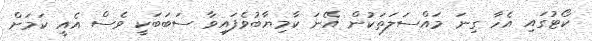
ކޯޓުގައި އެހާ ގިނަ މައްސަލަތަކުން އޭނަ ކާމިޔާބުވެފައިވާ ސަބަބަކީ ވެސް އެއީ ކަމަށް